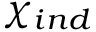
\chi _ { i n d }